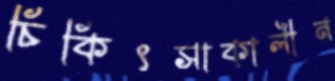
চিকিৎসাকালীন